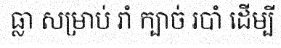
ធ្លា សម្រាប់ រាំ ក្បាច់ របាំ ដើម្បី